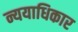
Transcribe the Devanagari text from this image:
न्ययाधिकार